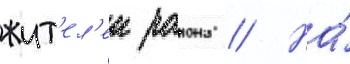
жит'ел'еи раиона // На́